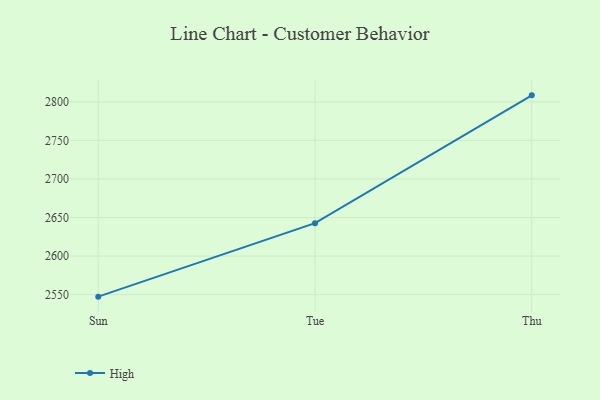
{"axis": {"x": "Day", "y": "Latency (ms)"}, "legend": ["High"], "data": [{"x": "Sun", "y": 2547.4, "type": "High"}, {"x": "Tue", "y": 2642.7, "type": "High"}, {"x": "Thu", "y": 2808.4, "type": "High"}]}